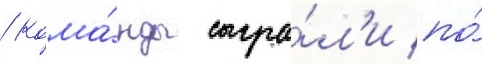
/ кома́нды сыгра́л'и по́